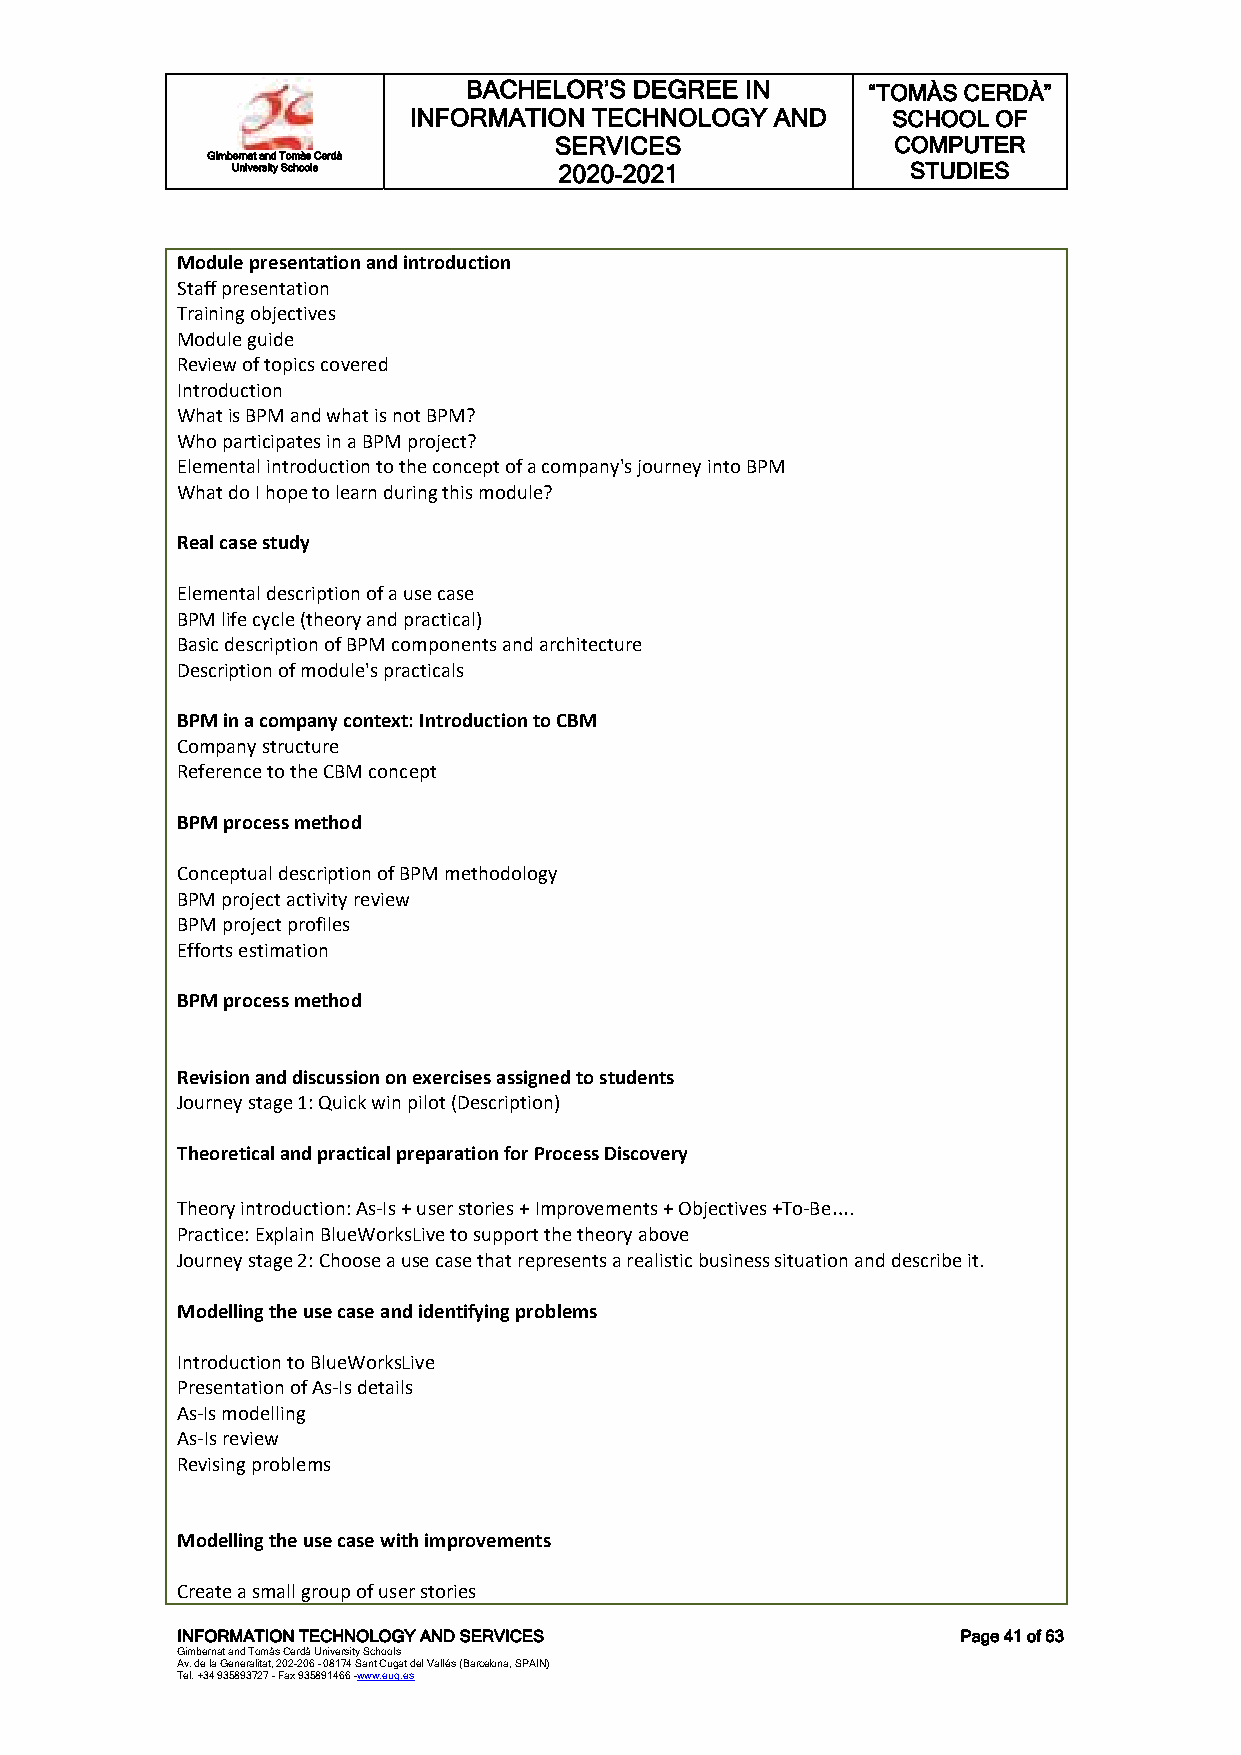
BACHELOR’S DEGREE IN      “TOMÀS CERDÀ”
 INFORMATION TECHNOLOGY  AND     SCHOOL OF
 SERVICES              COMPUTER
 Gimbernat and Tomàs Cerdà
 University Schools    2020-2021              STUDIES
 Module presentation and introduction
 Staff presentation
 Training objectives
 Module guide
 Review of topics covered
 Introduction
 What is BPM and what is not BPM?
 Who participates in a BPM project?
 Elemental introduction to the concept of a company's journey into BPM
 What do I hope to learn during this module?
 Real case study
 Elemental description of a use case
 BPM life cycle (theory and practical)
 Basic description of BPM components and architecture
 Description of module's practicals
 BPM in a company context: Introduction to CBM
 Company structure
 Reference to the CBM concept
 BPM process method
 Conceptual description of BPM methodology
 BPM project activity review
 BPM project profiles
 Efforts estimation
 BPM process method
 Revision and discussion on exercises assigned to students
 Journey stage 1: Quick win pilot (Description)
 Theoretical and practical preparation for Process Discovery
 Theory introduction: As-Is + user stories + Improvements + Objectives +To-Be….
 Practice: Explain BlueWorksLive to support the theory above
 Journey stage 2: Choose a use case that represents a realistic business situation and describe it.
 Modelling the use case and identifying problems
 Introduction to BlueWorksLive
 Presentation of As-Is details
 As-Is modelling
 As-Is review
 Revising problems
 Modelling the use case with improvements
 Create a small group of user stories
 INFORMATION TECHNOLOGY AND SERVICES                 Page 41 of 63
 Gimbernat and Tomàs Cerdà University Schools
 Av. de la Generalitat, 202-206 - 08174 Sant Cugat del Vallés (Barcelona, SPAIN)
 Tel. +34 935893727 - Fax 935891466 -www.eug.es